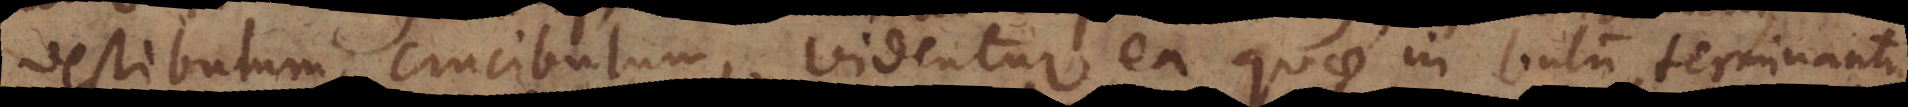
vestibulum, crucibulum, videntur ea quae in bulum terminantur